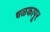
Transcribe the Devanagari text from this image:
चळकापूर